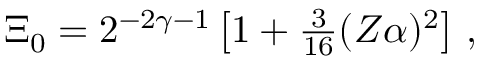
\begin{array} { r } { \Xi _ { 0 } = 2 ^ { - 2 \gamma - 1 } \left[ 1 + \frac { 3 } { 1 6 } ( Z \alpha ) ^ { 2 } \right] \, , } \end{array}